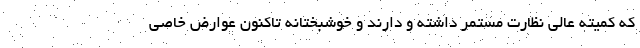
که کمیته عالی نظارت مستمر داشته و دارند و خوشبختانه تاکنون عوارض خاصی